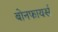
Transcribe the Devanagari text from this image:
बोनफायर्स